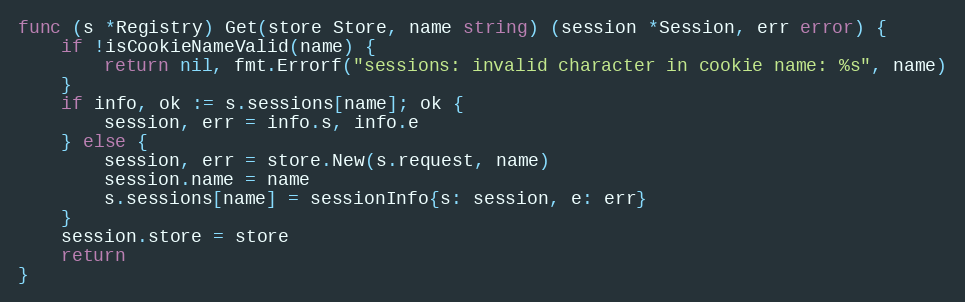
Language: Go
func (s *Registry) Get(store Store, name string) (session *Session, err error) {
	if !isCookieNameValid(name) {
		return nil, fmt.Errorf("sessions: invalid character in cookie name: %s", name)
	}
	if info, ok := s.sessions[name]; ok {
		session, err = info.s, info.e
	} else {
		session, err = store.New(s.request, name)
		session.name = name
		s.sessions[name] = sessionInfo{s: session, e: err}
	}
	session.store = store
	return
}